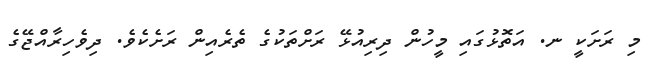
މި ރަށަކީ ނ. އަތޮޅުގައި މީހުން ދިރިއުޅޭ ރަށްތަކުގެ ތެރެއިން ރަށެކެވެ. ދިވެހިރާއްޖޭގެ